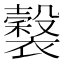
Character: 𧞒